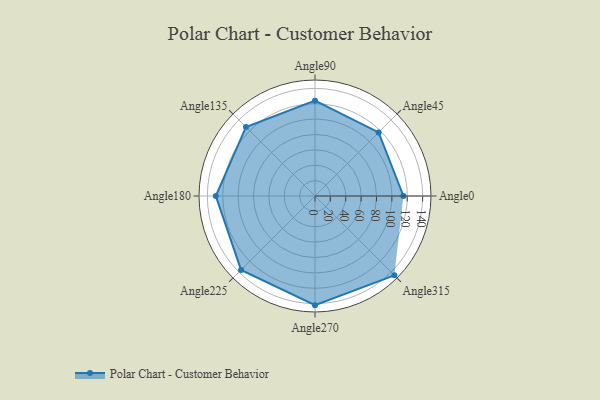
{"axis": {"x": "Angle", "y": "Radius"}, "legend": [""], "data": [{"x": "Angle0", "y": 115.0, "type": ""}, {"x": "Angle45", "y": 117.0, "type": ""}, {"x": "Angle90", "y": 124.0, "type": ""}, {"x": "Angle135", "y": 127.0, "type": ""}, {"x": "Angle180", "y": 129.0, "type": ""}, {"x": "Angle225", "y": 136.0, "type": ""}, {"x": "Angle270", "y": 142.0, "type": ""}, {"x": "Angle315", "y": 146.0, "type": ""}]}